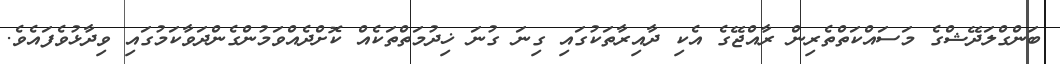
ބަންގްލަދޭޝްގެ މަސައްކަތްތެރިން ރާއްޖޭގެ އެކި ދާއިރާތަކުގައި ގިނަ ގުނަ ޚިދުމަތްތަކެއް ކޮށްދެއްވަމުންގެންދަވާކަމުގައި ވިދާޅުވެފައެވެ.